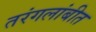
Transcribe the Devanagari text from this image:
तरंगलांबीत